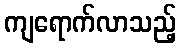
ကျရောက်လာသည့်